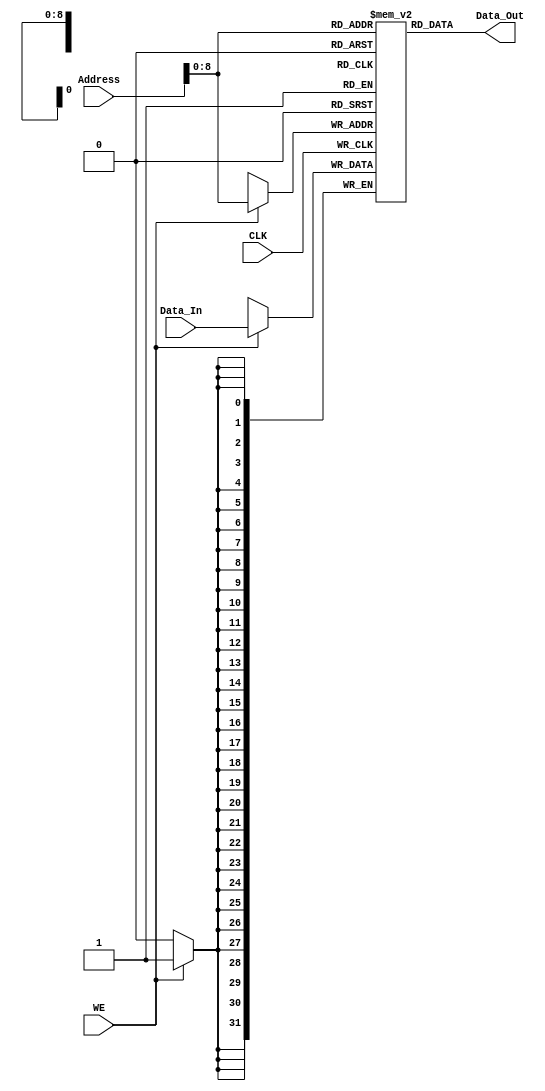
module cache(CLK,WE,Address,Data_In,Data_Out);
    parameter NUMB = 256;
    parameter SIZE = 32;
    
    input CLK;
    input WE;
    input [SIZE:1]Data_In;		//
    input [SIZE:1]Address;		//
    output [SIZE:1]Data_Out;	//
    
    reg [SIZE:1] Mem[256:0];	//
    
    integer i;
    initial
        for(i=0;i<NUMB;i=i+1) Mem[i]<=i;
    always@(negedge CLK)
    begin
        if(WE)//
                Mem[Address]<=Data_In;
    end
    
    assign Data_Out=Mem[Address];
endmodule